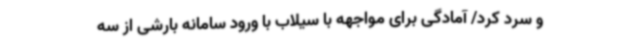
و سرد کرد/ آمادگی برای مواجهه با سیلاب با ورود سامانه بارشی از سه